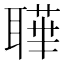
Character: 𦗉